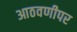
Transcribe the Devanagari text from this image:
आठवणीपर